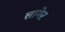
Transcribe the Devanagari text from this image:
लागेर